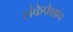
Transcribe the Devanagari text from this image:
लंकेपेक्षाच